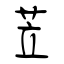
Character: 苙